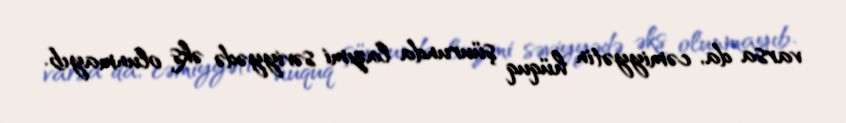
varsa da, cəmiyyətin hüquq şüurunda lazımi səviyyədə əks olunmayıb.